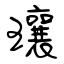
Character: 瓖